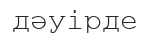
дәуірде